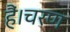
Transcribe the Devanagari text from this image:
हैं।चरण